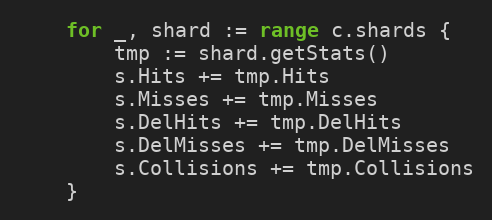
Language: Go
	for _, shard := range c.shards {
		tmp := shard.getStats()
		s.Hits += tmp.Hits
		s.Misses += tmp.Misses
		s.DelHits += tmp.DelHits
		s.DelMisses += tmp.DelMisses
		s.Collisions += tmp.Collisions
	}